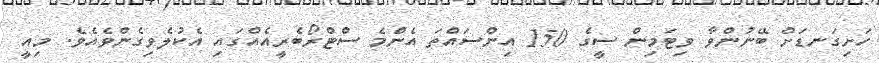
ހަށިގަނޑަށް ބޭނުންވާ ވިޓަމިން ސީގެ 150 އިންސައްތަ އެންމެ ސްޓްރޯބެރީއެއްގައި އެކުލެވިގެންވެއެވެ. މިއީ